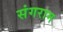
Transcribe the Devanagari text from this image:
संगराम